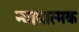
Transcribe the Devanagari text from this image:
न्यायात्मक